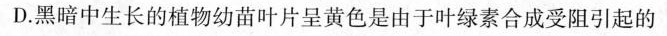
D.黑暗中生长的植物幼苗叶片呈黄色是由于叶绿素合成受阻引起的